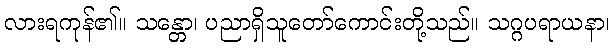
လားရကုန်၏။ သန္တော၊ ပညာရှိသူတော်ကောင်းတို့သည်။ သဂ္ဂပရာယနာ၊